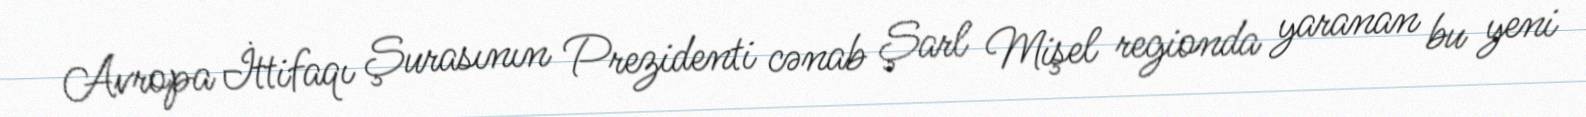
Avropa İttifaqı Şurasının Prezidenti cənab Şarl Mişel regionda yaranan bu yeni